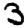
Digit: 3